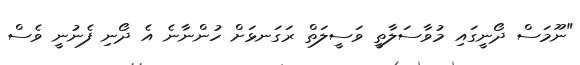
"ނޫމަސް ދޯނީގައި މުވާސަލާތީ ވަސީލަތް ރަގަނޅަށް ހުންނާނެ އެ ދޯނި ފެނުނީ ވެސް